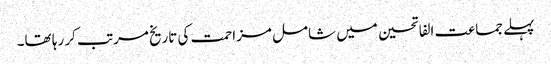
پہلے جماعت الفاتحین میں شامل مزاحمت کی تاریخ مرتب کر رہا تھا۔